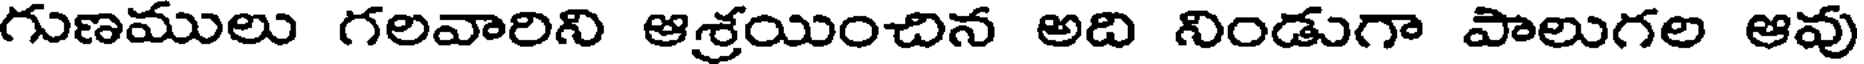
గుణములు గలవారిని ఆశ్రయించిన అది నిండుగా పాలుగల ఆవు